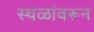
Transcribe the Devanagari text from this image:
स्थळांवरून